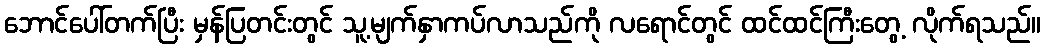
ဘောင်ပေါ်တက်ပြီး မှန်ပြတင်းတွင် သူ့မျက်နှာကပ်လာသည်ကို လရောင်တွင် ထင်ထင်ကြီးတွေ့ လိုက်ရသည်။